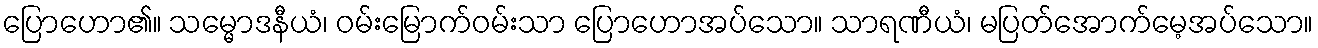
ပြောဟော၏။ သမ္မောဒနီယံ၊ ဝမ်းမြောက်ဝမ်းသာ ပြောဟောအပ်သော။ သာရဏီယံ၊ မပြတ်အောက်မေ့အပ်သော။